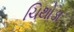
ચિથોડા